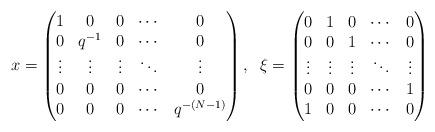
LaTeX: \begin{align*}x=\begin{pmatrix} 1 & 0 & 0 & \cdots & 0 \\0&q^{-1}&0&\cdots&0\\\vdots&\vdots&\vdots&\ddots&\vdots\\0&0&0&\cdots&0\\0&0&0&\cdots&q^{-(N-1)}\end{pmatrix},\;\;\xi=\begin{pmatrix} 0 & 1 & 0 & \cdots & 0 \\0&0&1&\cdots&0\\\vdots&\vdots&\vdots&\ddots&\vdots\\0&0&0&\cdots&1\\1&0&0&\cdots&0\end{pmatrix}\end{align*}